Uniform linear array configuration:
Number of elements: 64
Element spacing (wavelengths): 0.25
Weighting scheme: uniform
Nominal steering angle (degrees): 15
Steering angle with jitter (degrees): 14.961
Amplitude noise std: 0.05
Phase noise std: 0.05

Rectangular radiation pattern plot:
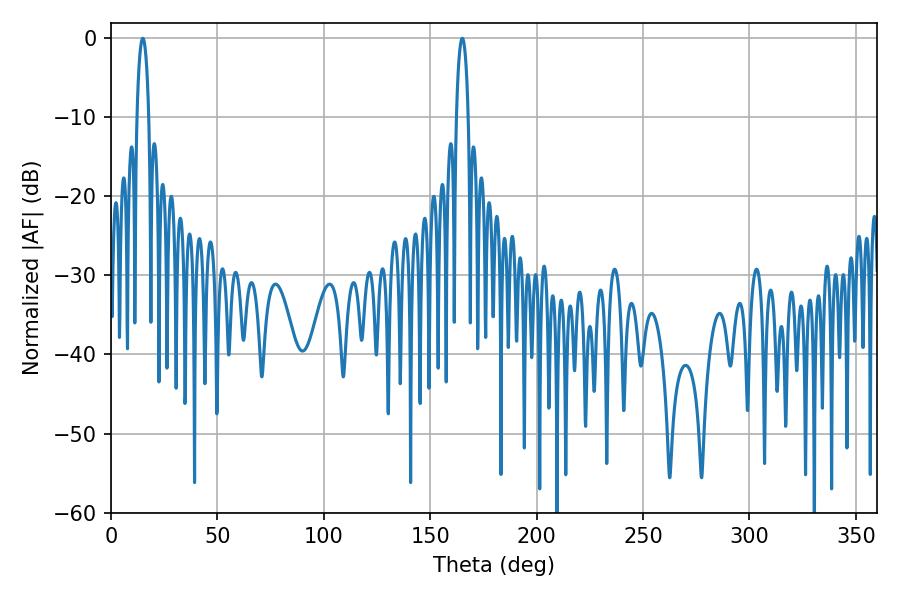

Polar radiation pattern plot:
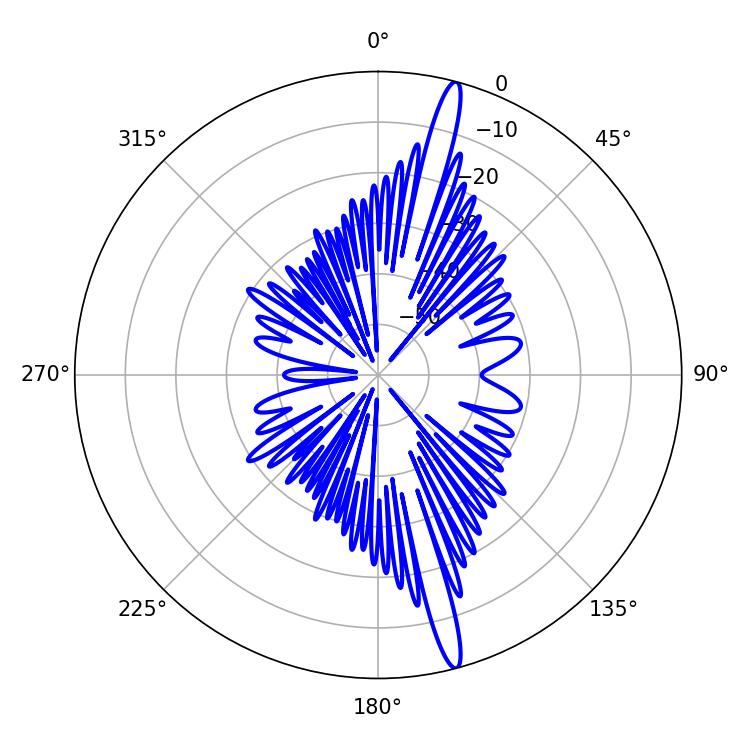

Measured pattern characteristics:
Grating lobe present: FALSE
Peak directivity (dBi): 17.769
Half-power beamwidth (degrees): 3.24
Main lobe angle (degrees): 14.94